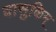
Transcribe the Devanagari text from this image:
वासुकिम्